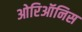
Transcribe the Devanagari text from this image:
ओरिऑनिस